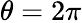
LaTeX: \theta=2\pi